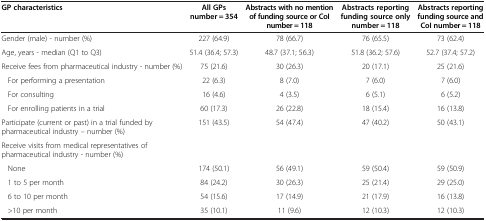
| GP characteristics | All GPs number = 354 | Abstracts with no mention of funding source or CoI number = 118 | Abstracts reporting funding source only number = 118 | Abstracts reporting funding source and CoI number = 118 |
 | --- | --- | --- | --- | --- |
 | Gender (male) - number (%) | 227 (64.9) | 78 (66.7) | 76 (65.5) | 73 (62.4) |
 | Age, years - median (Q1 to Q3) | 51.4 (36.4; 57.3) | 48.7 (37.1; 56.3) | 51.8 (36.2; 57.6) | 52.7 (37.4; 57.2) |
 | Receive fees from pharmaceutical industry - number (%) | 75 (21.6) | 30 (26.3) | 20 (17.1) | 25 (21.6) |
 | For performing a presentation | 22 (6.3) | 8 (7.0) | 7 (6.0) | 7 (6.0) |
 | For consulting | 16 (4.6) | 4 (3.5) | 6 (5.1) | 6 (5.2) |
 | For enrolling patients in a trial | 60 (17.3) | 26 (22.8) | 18 (15.4) | 16 (13.8) |
 | Participate (current or past) in a trial funded by pharmaceutical industry – number (%) | 151 (43.5) | 54 (47.4) | 47 (40.2) | 50 (43.1) |
 | Receive visits from medical representatives of pharmaceutical industry - number (%) |  |  |  |  |
 | None | 174 (50.1) | 56 (49.1) | 59 (50.4) | 59 (50.9) |
 | 1 to 5 per month | 84 (24.2) | 30 (26.3) | 25 (21.4) | 29 (25.0) |
 | 6 to 10 per month | 54 (15.6) | 17 (14.9) | 21 (17.9) | 16 (13.8) |
 | >10 per month | 35 (10.1) | 11 (9.6) | 12 (10.3) | 12 (10.3) |